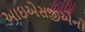
આઇએસજીએનો